Vaccination in Bombay 1902-1912 - 1902-1912
Year: 1902
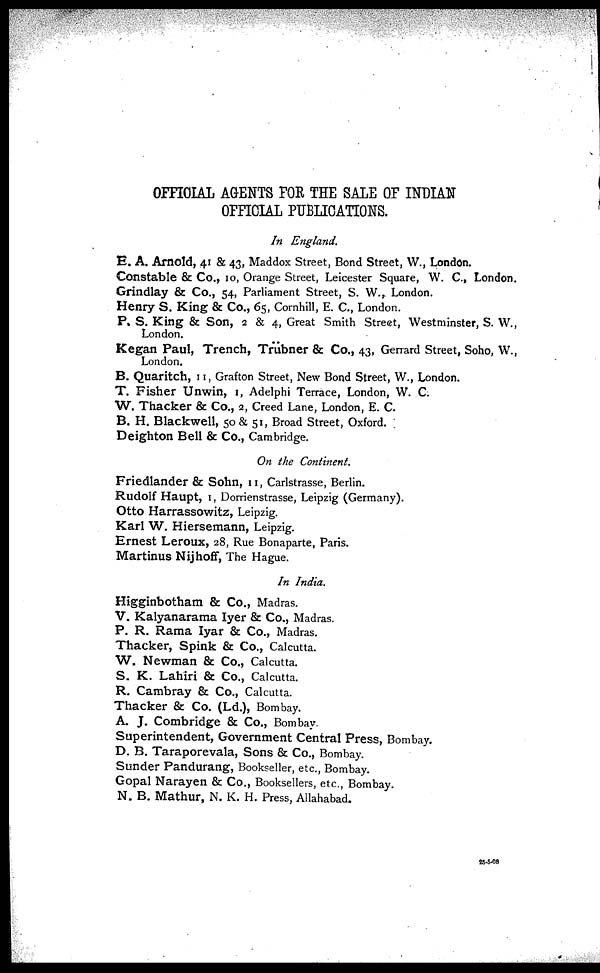
OFFICIAL AGENTS FOR THE SALE OF INDIAN
OFFICIAL PUBLICATIONS.
In England.
E. A. Arnold, 41 & 43, Maddox Street, Bond Street, W., London.
Constable & Co., 10, Orange Street, Leicester Square, W. C., London.
Grindlay & Co., 54, Parliament Street, S. W., London.
Henry S. King & Co., 65, Cornhill, E. C., London.
P. S. King & Son, 2 & 4, Great Smith Street, Westminster, S. W.,
London.
Kegan Paul, Trench, Trübner & Co., 43, Gerrard Street, Soho, W.,
London.
B. Quaritch, 11, Grafton Street, New Bond Street, W., London.
T. Fisher Unwin, 1, Adelphi Terrace, London, W. C.
W. Thacker & Co., 2, Creed Lane, London, E. C.
B. H. Blackwell, 50 & 51, Broad Street, Oxford.
Deighton Bell & Co., Cambridge.
On the Continent.
Friedlander & Sohn, 11, Carlstrasse, Berlin.
Rudolf Haupt, 1, Dorrienstrasse, Leipzig (Germany).
Otto Harrassowitz, Leipzig.
Karl W. Hiersemann, Leipzig.
Ernest Leroux, 28, Rue Bonaparte, Paris.
Martinus Nijhoff, The Hague.
In India.
Higginbotham & Co., Madras.
V. Kalyanarama Iyer & Co., Madras.
P. R. Rama Iyar & Co., Madras.
Thacker, Spink & Co., Calcutta.
W. Newman & Co., Calcutta.
S. K. Lahiri & Co., Calcutta.
R. Cambray & Co., Calcutta.
Thacker & Co. (Ld.), Bombay.
A. J. Combridge & Co., Bombay.
Superintendent, Government Central Press, Bombay.
D. B. Taraporevala, Sons & Co., Bombay.
Sunder Pandurang, Bookseller, etc., Bombay.
Gopal Narayen & Co., Booksellers, etc., Bombay.
N. B. Mathur, N. K. H. Press, Allahabad.
25-5-08